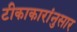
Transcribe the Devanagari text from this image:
टीकाकारांनुसार